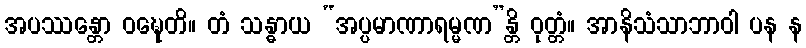
အပဿန္တော ဝဍ္ဎေတိ။ တံ သန္ဓာယ “အပ္ပမာဏာရမ္မဏ”န္တိ ဝုတ္တံ။ အာနိသံသာဘာဝါ ပန န